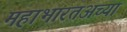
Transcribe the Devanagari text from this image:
महाभारतअच्या